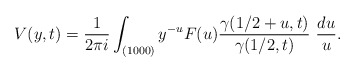
\begin{align*}V(y,t) = \frac{1}{2\pi i}\int_{(1000)} y^{-u} F(u)\frac{\gamma({1}/{2}+u,t)}{\gamma({1}/{2},t)} ~\frac{du}{u} .\end{align*}